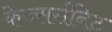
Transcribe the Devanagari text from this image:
केज्सर्सनिट